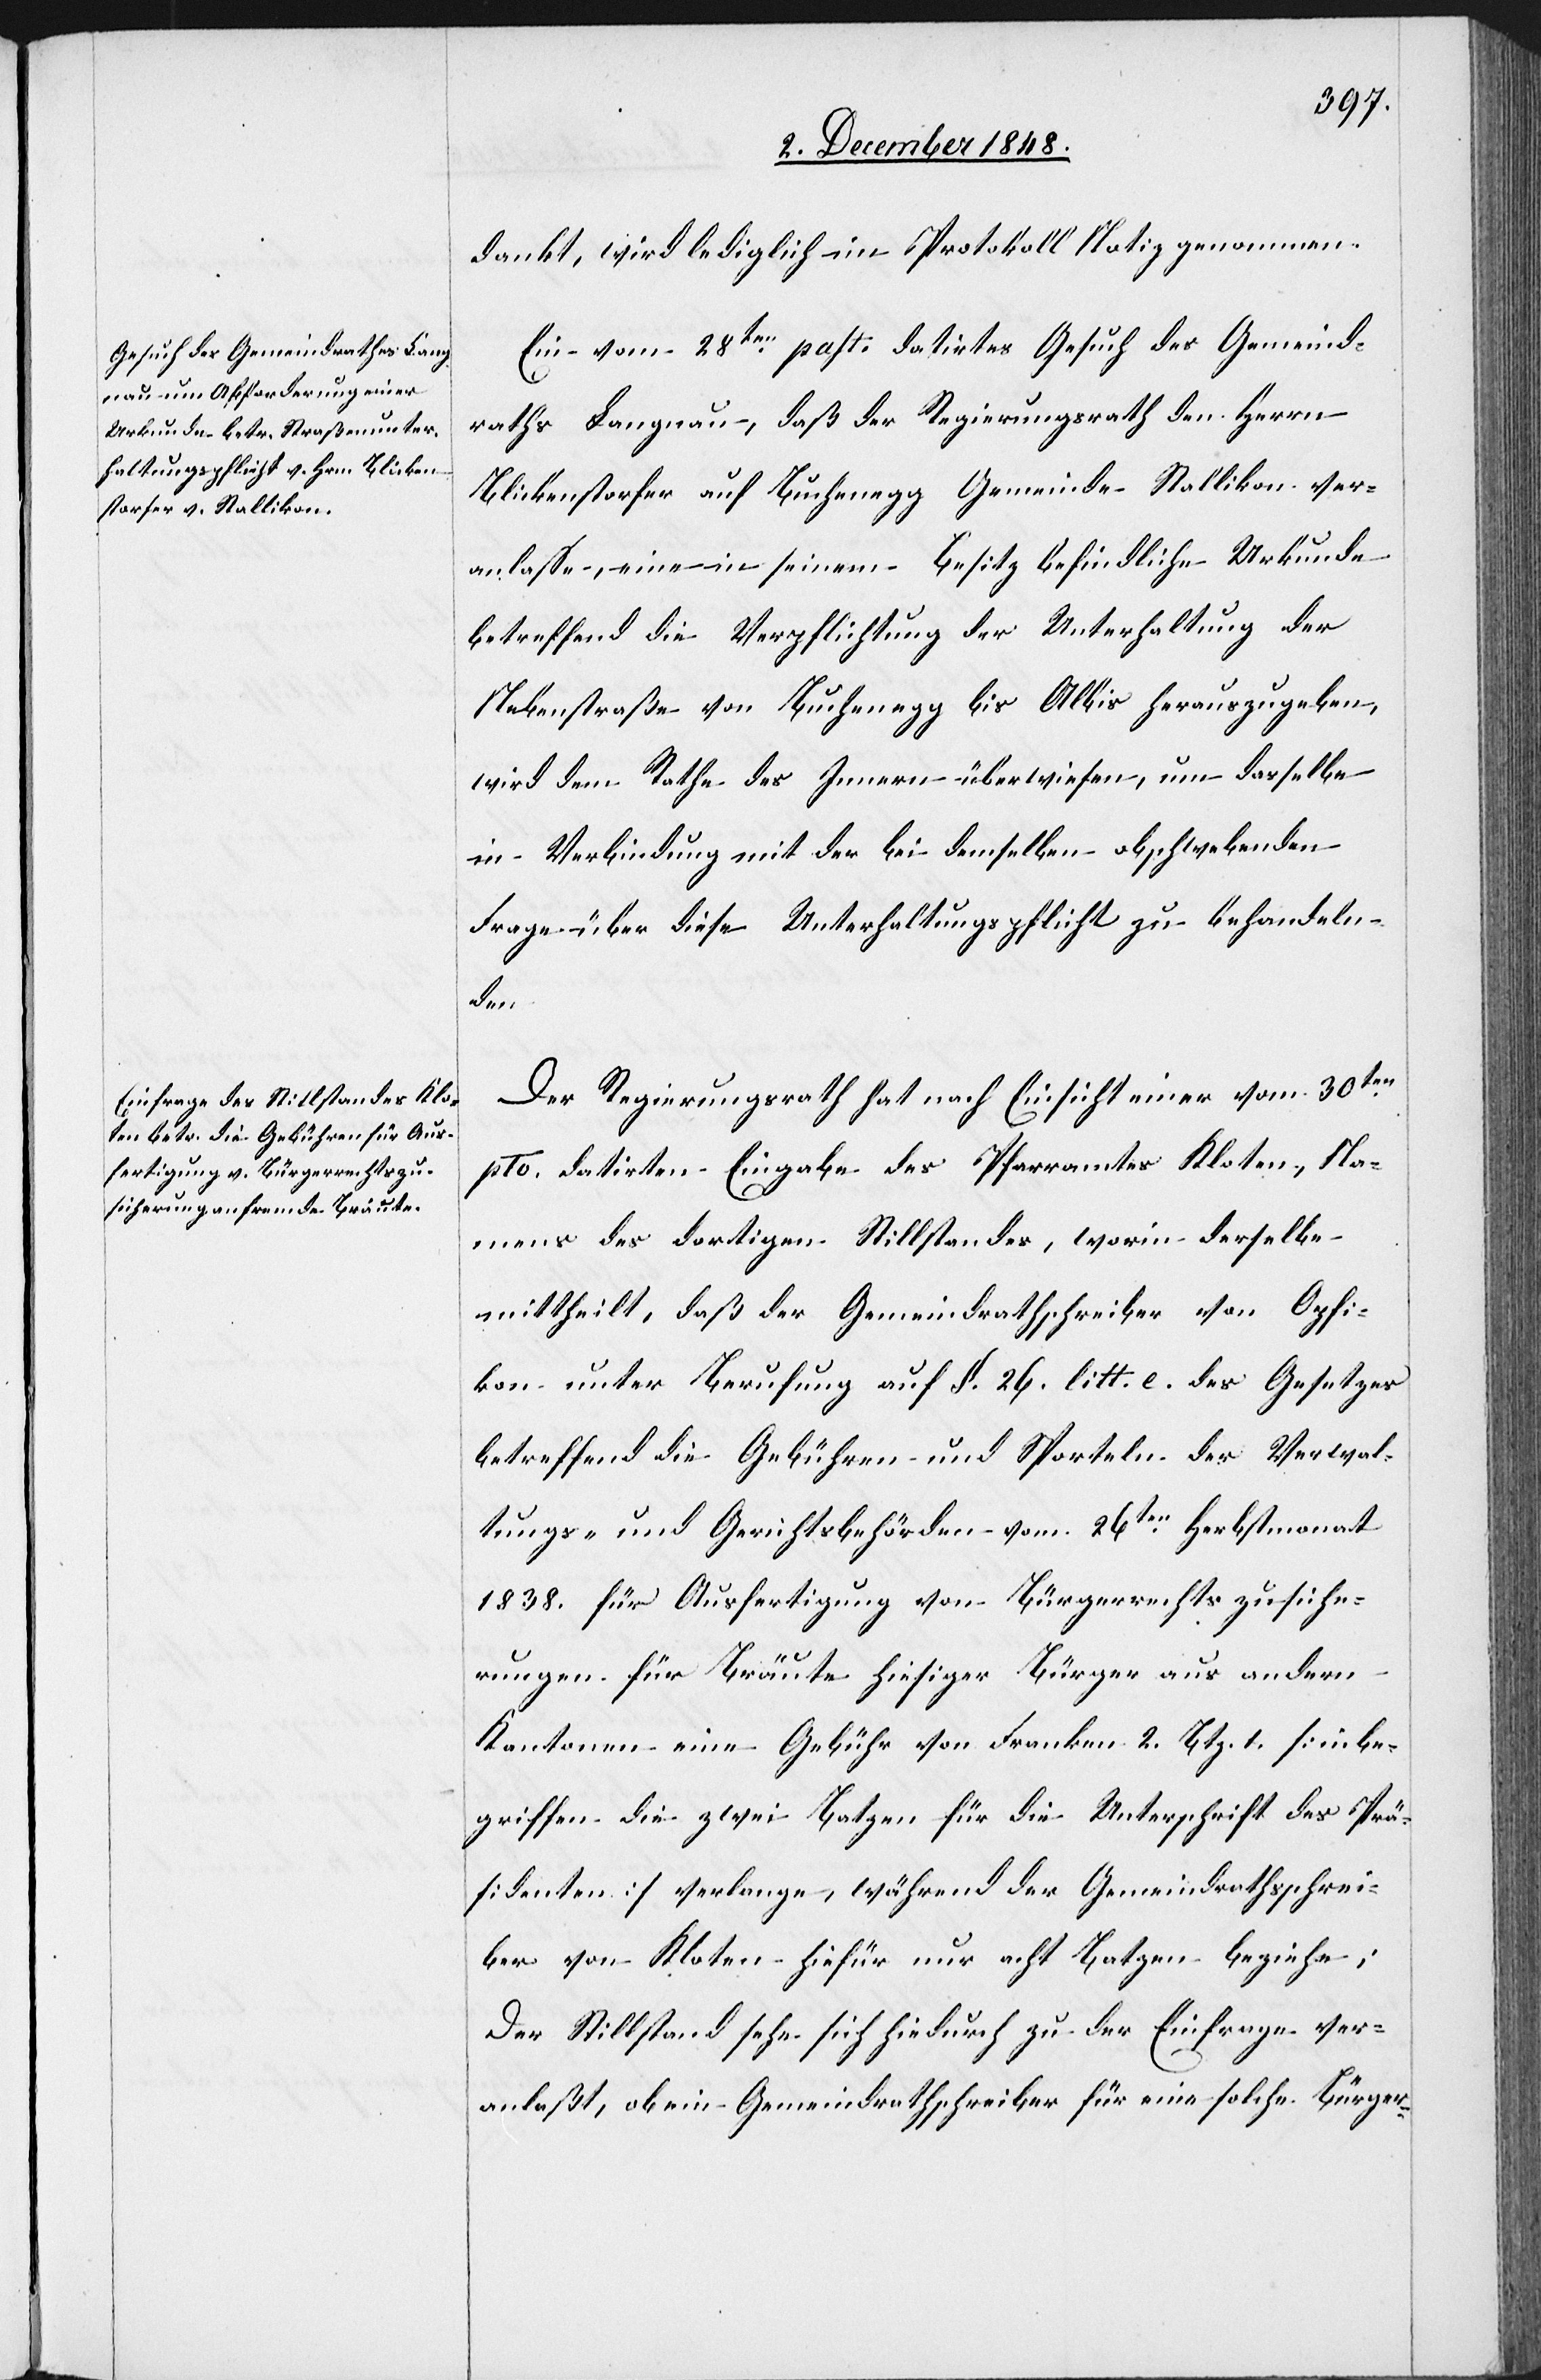
dankt, wird lediglich im Protokoll Notiz genommen.
Ein vom 28ten past. datirtes Gesuch des Gemeind¬
raths Langnau, daß der Regierungsrath den Herrn
Blickenstorfer auf Buchenegg Gemeinde Stallikon ver¬
anlasse, eine in seinem Besitz befindliche Urkunde
betreffend die Verpflichtung der Unterhaltung der
Nebenstraße von Buchenegg bis Albis herauszugeben,
wird dem Rathe des Innern überwiesen, um dasselbe
in Verbindung mit der bei demselben obschwebenden
Frage über diese Unterhaltungspflicht zu behandeln¬
den
Der Regierungsrath hat nach Einsicht einer vom 30ten
pto. datirten Eingabe des Pfarramtes Kloten, Na¬
mens des dortigen Stillstandes, worin derselbe
mittheilt, daß der Gemeindrathschreiber von Opfi¬
kon unter Berufung auf §. 26. litt. e. des Gesetzes
betreffend die Gebühren und Sporteln der Verwal¬
tungs- und Gerichtsbehörden vom 26ten Herbstmonat
1838. für Ausfertigung von Bürgerrechtszusiche¬
rungen für Bräute hiesiger Bürger aus andern
Kantonen eine Gebühr von Franken 2. Btz. 1. [inbe¬
griffen die zwei Batzen für die Unterschrift des Prä¬
sidenten] verlange, während der Gemeindrathsschrei¬
ber von Kloten hiefür nur acht Batzen beziehe;
Der Stillstand sehe sich hiedurch zu der Einfrage ver¬
anlaßt, ob ein Gemeindrathschreiber für eine solche Bürger-